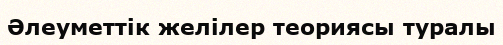
Әлеуметтік желілер теориясы туралы